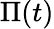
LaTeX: \Pi(t)